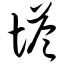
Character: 塔